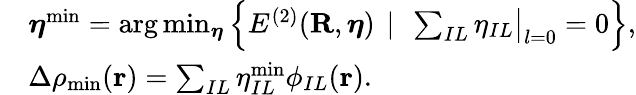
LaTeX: \begin{array}{rl}&{{\boldsymbol\eta}^{\mathrm{min}}=\arg\operatorname*{min}_{{\boldsymbol\eta}}\left\{ E^{(2)}({\mathbf R},{\boldsymbol\eta})~\left\vert~\ \sum_{IL}\eta_{IL}\big\vert_{l=0}=0\right.\right\} ,}\\ &{\Delta\rho_{\mathrm{min}}({\mathbf r})=\sum_{IL}\eta_{IL}^{\mathrm{min}}\phi_{IL}({\mathbf r}).}\end{array}